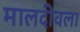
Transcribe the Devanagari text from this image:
मालदीवला